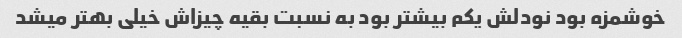
خوشمزه بود نودلش یکم بیشتر بود به نسبت بقیه چیزاش خیلی بهتر میشد